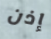
إذن